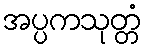
အပ္ပကသုတ္တံ